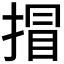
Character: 𢯾